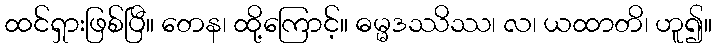
ထင်ရှားဖြစ်ပြီ။ တေန၊ ထို့ကြောင့်။ ဓမ္မဒဿိဿ၊ လ၊ ယထာတိ၊ ဟူ၍။